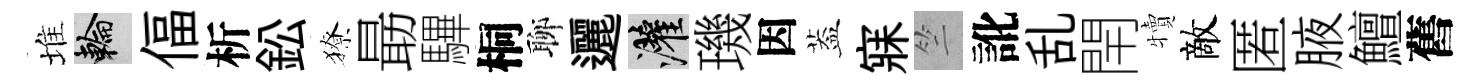
堆輪偪析鈆獠朂驆桐聊邐灌璣因葢寐竺訛乱閈犢敵匿腋鱣舊